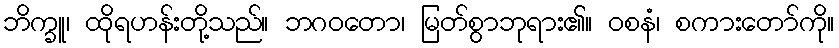
ဘိက္ခူ၊ ထိုရဟန်းတို့သည်။ ဘဂဝတော၊ မြတ်စွာဘုရား၏။ ဝစနံ၊ စကားတော်ကို။